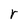
Character: r